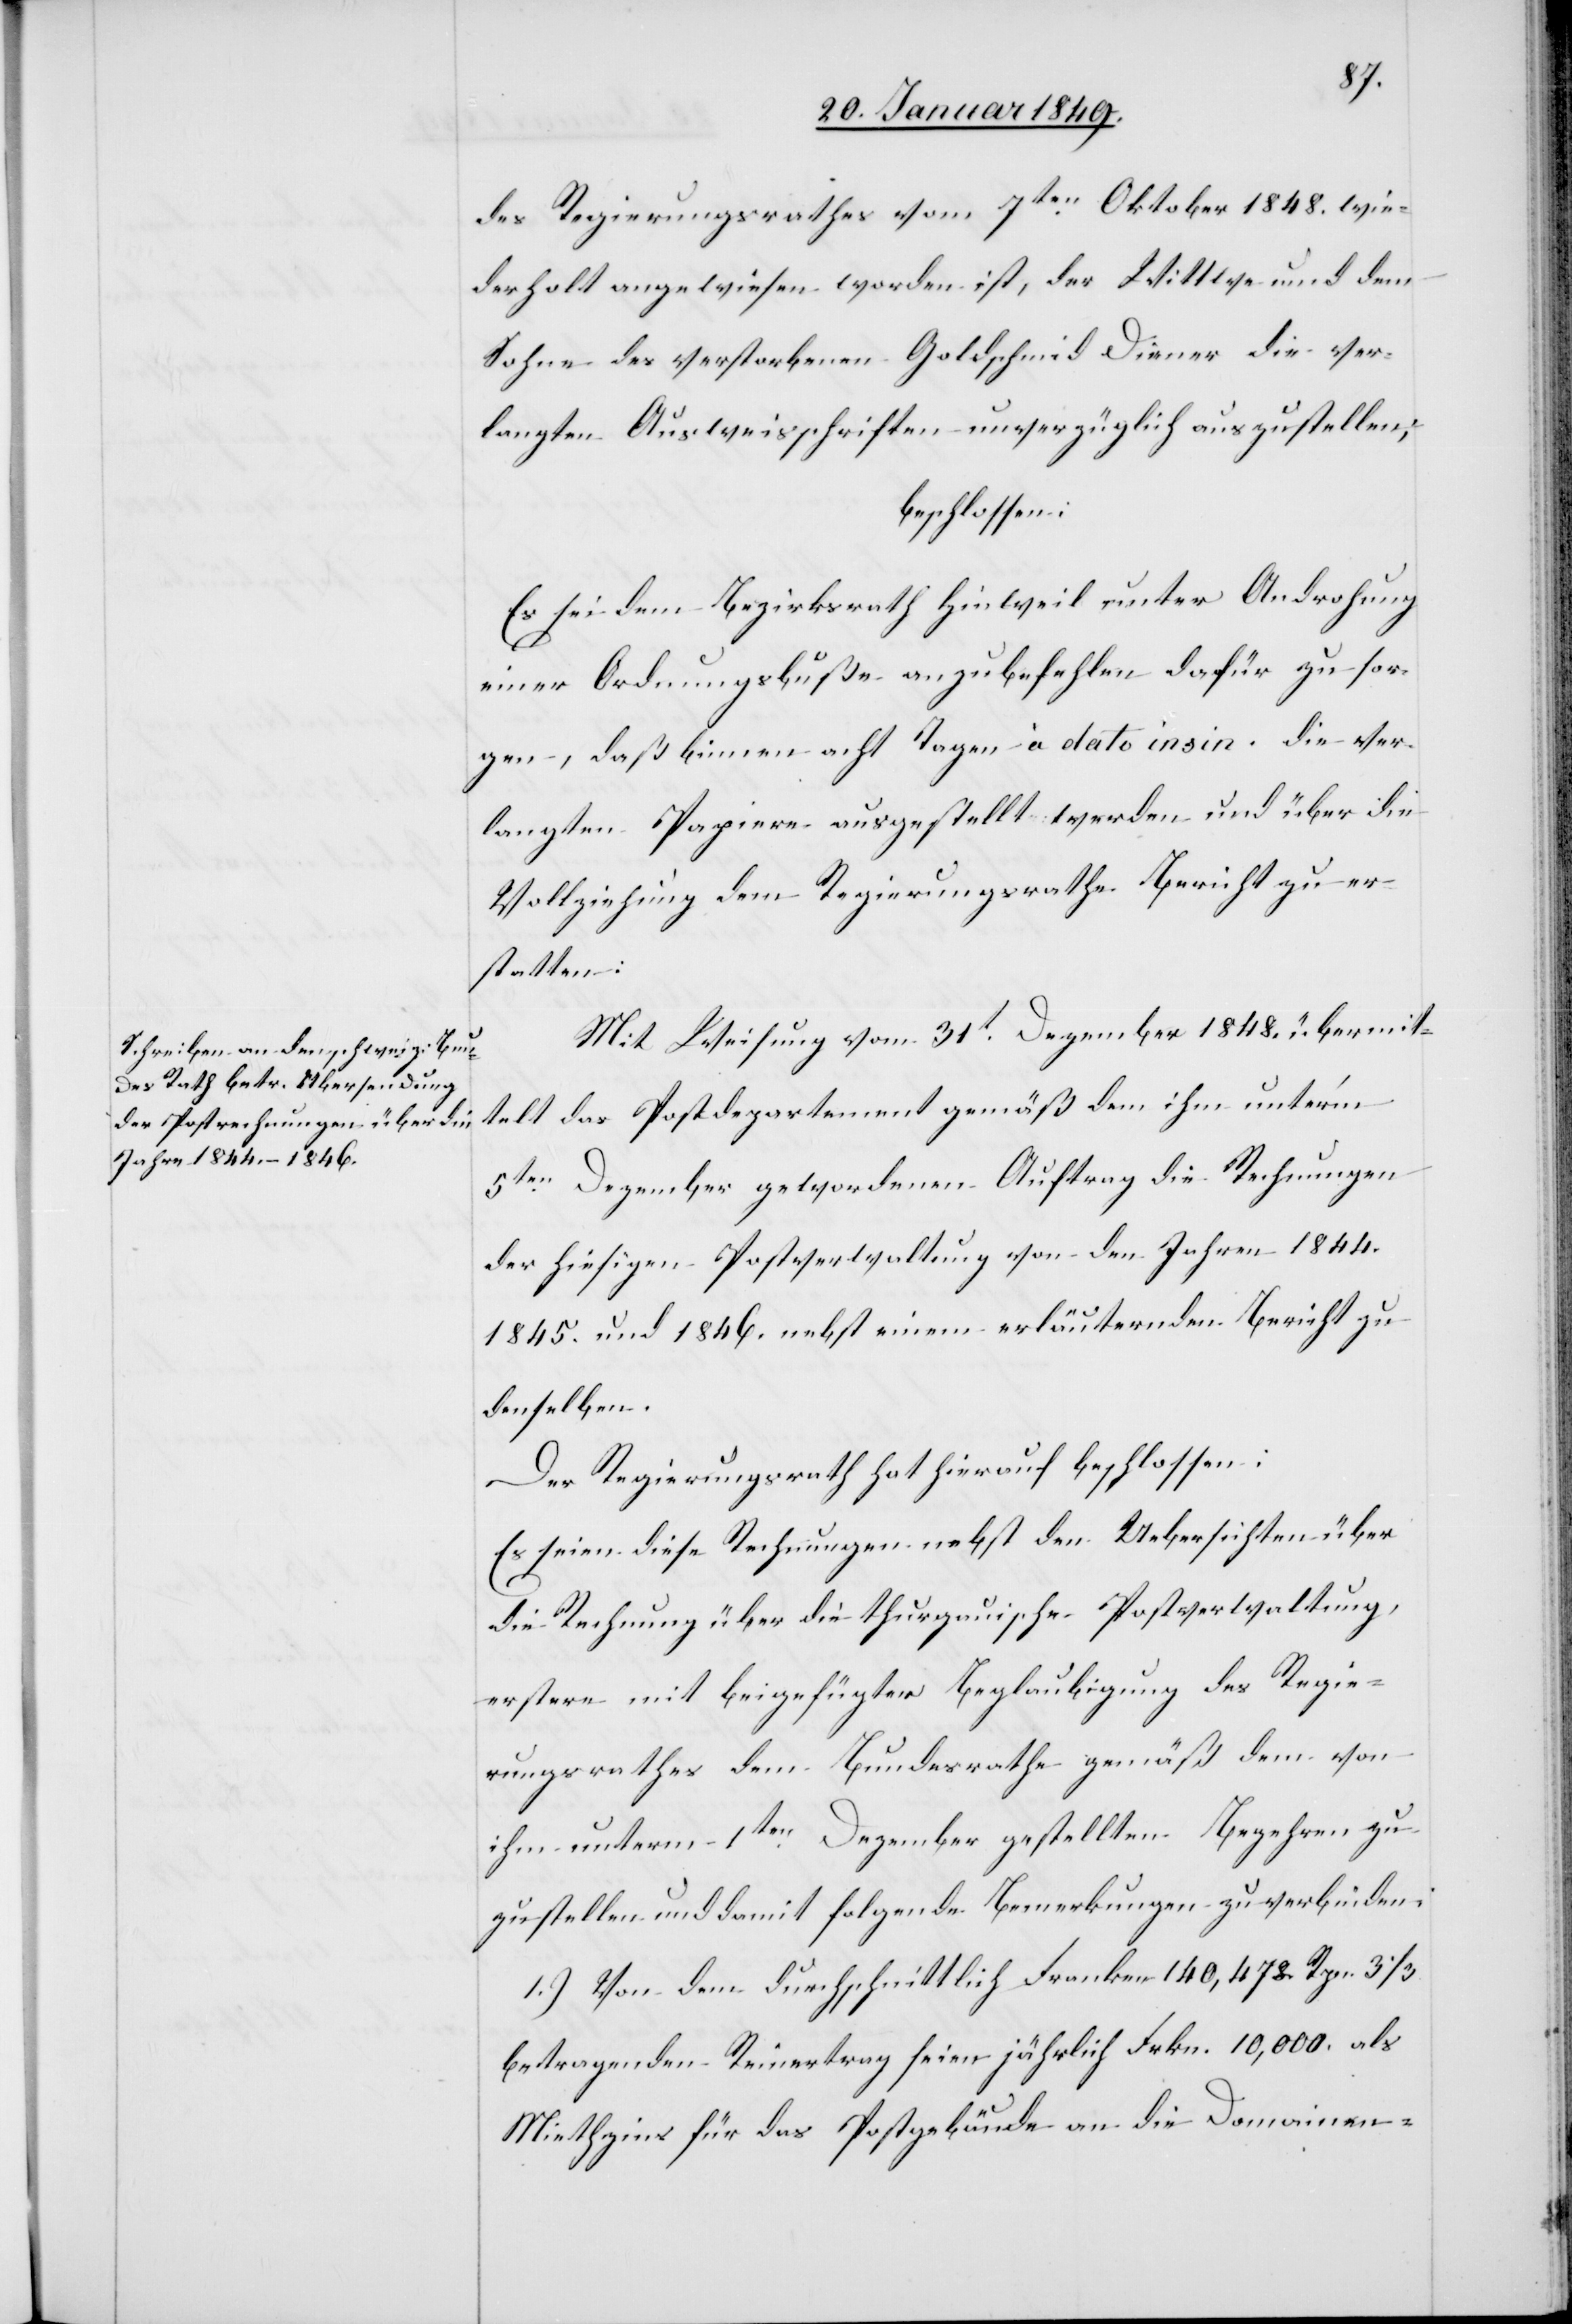
des Regierungsrathes vom 7ten. Oktober 1848. wie¬
derholt angewiesen worden ist, der Wittwe und dem
Sohne des verstorbenen Goldschmid Diener die ver¬
langten Ausweisschriften unverzüglich auszustellen;
beschlossen:
Es sei dem Bezirksrath Hinweil unter Androhung
einer Ordnungsbuße anzubefehlen dafür zu sor¬
gen, daß binnen acht Tagen à dato insin. die ver¬
langten Papiere ausgestellt werden und über die
Vollziehung dem Regierungsrathe Bericht zu er¬
statten:
Mit Weisung vom 31t. Dezember 1848. übermit¬
telt das Postdepartement gemäß dem ihm unter’m
5ten. Dezember gewordenen Auftrag die Rechnungen
der hiesigen Postverwaltung von den Jahren 1844.
1845. und 1846. nebst einem erläuternden Bericht zu
denselben.
Der Regierungsrath hat hierauf beschlossen:
Es seien diese Rechnungen nebst den Uebersichten über
die Rechnung über die thurgauische Postverwaltung,
erstere mit beigefügter Beglaubigung des Regie¬
rungsrathes dem Bundesrathe gemäß dem von
ihm unterm 1ten. Dezember gestellten Begehren zu¬
zustellen und damit folgende Bemerkungen zu verbinden:
1.) Von dem durchschnittlich Franken 140,478 Rpn. 3 1/3.
betragenden Reinertrag seien jährlich Frkn. 10,000. als
Miethzins für das Postgebäude an die Domainen-